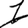
Digit: 1